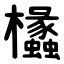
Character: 欚